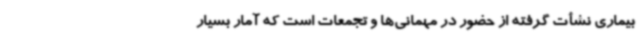
بیماری نشأت گرفته از حضور در مهمانی‌ها و تجمعات است که آمار بسیار